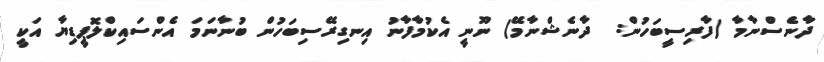
ދާނެސްނާމާ (ފާރިސީބަހުން:  ދާނެޝްނާމޭ) ނޫނީ އެކުމާފާނު އިނގިރޭސިބަހުން ބުނާނަމަ އެންސައިކްލޮޕީޑިޔާ އަކީ